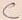
Text: C